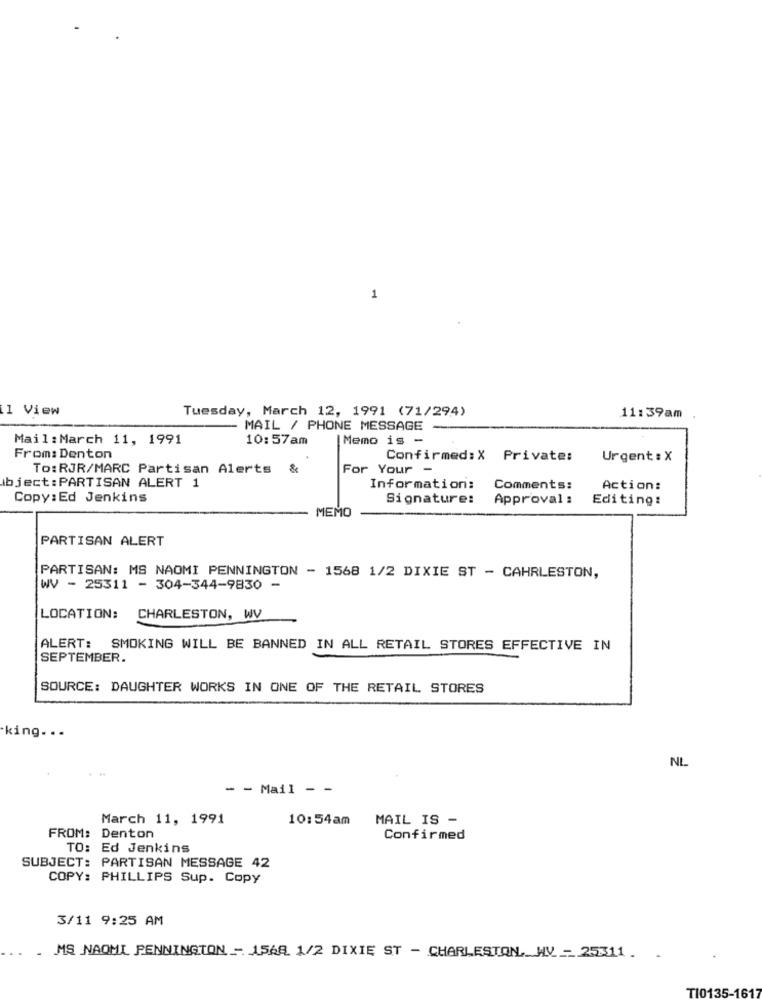
1
1 View
Tuesday, March 12, 1991 (71/294)
11:39am
MAIL / PHONE MESSAGE
Mail:March 11, 1991
10:57am
|Memo is -
From: Denton
Confirmed: X Private:
Urgent : X
To:RJR/MARC Partisan Alerts &
For Your -
bject: PARTISAN ALERT 1
Information:
Comments:
Action:
Copy: Ed Jenkins
Signature:
Approval :
Editing:
MEMO
PARTISAN ALERT
PARTISAN: MS NAOMI PENNINGTON - 1568 1/2 DIXIE ST - CAHRLESTON,
WV - 25311 - 304-344-9830 -
LOCATION:
CHARLESTON, WV
ALERT: SMOKING WILL BE BANNED IN ALL RETAIL STORES EFFECTIVE IN
SEPTEMBER.
SOURCE: DAUGHTER WORKS IN ONE OF THE RETAIL STORES
king. . .
NL
- - Mail - -
March 11, 1991
10:54am
MAIL IS -
FROM: Denton
Confirmed
TO: Ed Jenkins
SUBJECT: PARTISAN MESSAGE 42
COPY: PHILLIPS Sup. Copy
3/11 9:25 AM
. MS NAOMI PENNINGTON - 1568 1/2 DIXIE ST - CHARLESTON, WV - 25311. .
TI0135-1617